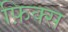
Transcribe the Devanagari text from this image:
फ़िक्स